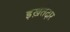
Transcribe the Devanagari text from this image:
इख़तेदार